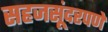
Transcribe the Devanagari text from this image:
सहजसूंदरपणे